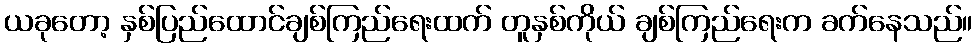
ယခုတော့ နှစ်ပြည်ထောင်ချစ်ကြည်ရေးထက် တူနှစ်ကိုယ် ချစ်ကြည်ရေးက ခက်နေသည်။